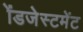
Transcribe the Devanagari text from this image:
ॲडजेस्टमेंट